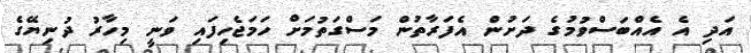
އަދި އެ އެއްބަސްވުމުގެ ދަށުން އެފަރާތުން މަސްގަތުމަށް ހަމަޖެހިފައި ވަނީ މިހާރު ދުނިޔޭގެ